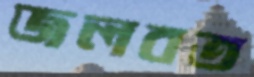
জলবত